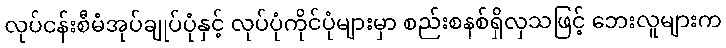
လုပ်ငန်းစီမံအုပ်ချုပ်ပုံနှင့် လုပ်ပုံကိုင်ပုံများမှာ စည်းစနစ်ရှိလှသဖြင့် ဘေးလူများက